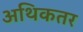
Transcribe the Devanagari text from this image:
अथिकतर